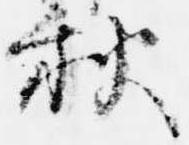
秋